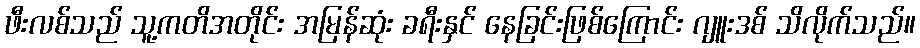
ဖီးလစ်သည် သူ့ကတိအတိုင်း အမြန်ဆုံး ခရီးနှင် နေခြင်းဖြစ်ကြောင်း ဂျူးဒစ် သိလိုက်သည်။